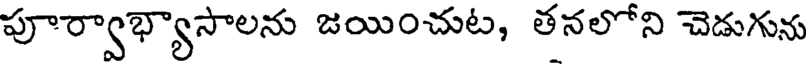
పూర్వాభ్యాసాలను జయించుట, తనలోని చెడుగును